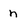
Character: n